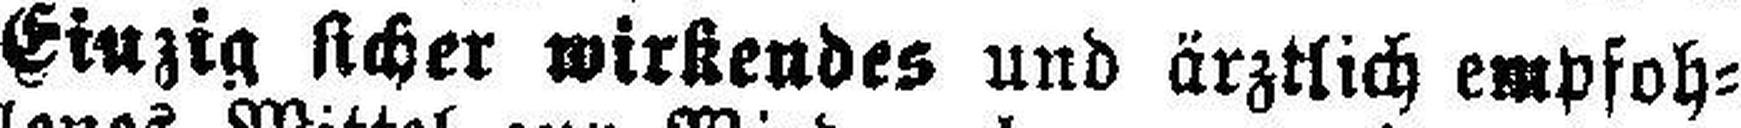
Einzig sicher wirkendes und ärztlich empfoh¬